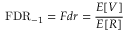
\mathrm { F D R } _ { - 1 } = F d r = { \frac { E [ V ] } { E [ R ] } }